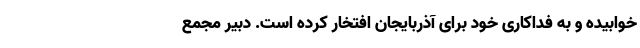
خوابیده و به فداکاری خود برای آذربایجان افتخار کرده است. دبیر مجمع